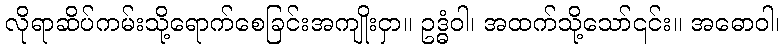
လိုရာဆိပ်ကမ်းသို့ရောက်စေခြင်းအကျိုးငှာ။ ဥဒ္ဓံဝါ၊ အထက်သို့သော်၎င်း။ အဓောဝါ၊